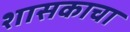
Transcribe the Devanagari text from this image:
शासकाचा